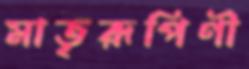
মাতৃরূপিণী